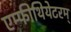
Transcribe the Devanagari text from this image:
एम्फीथियेटरम्